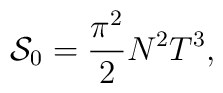
{\cal S}_0=\frac{\pi^2}{2}N^2T^3,